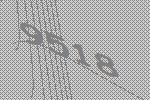
9518